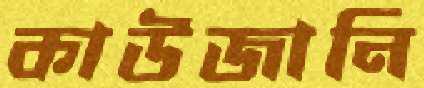
কাউজানি